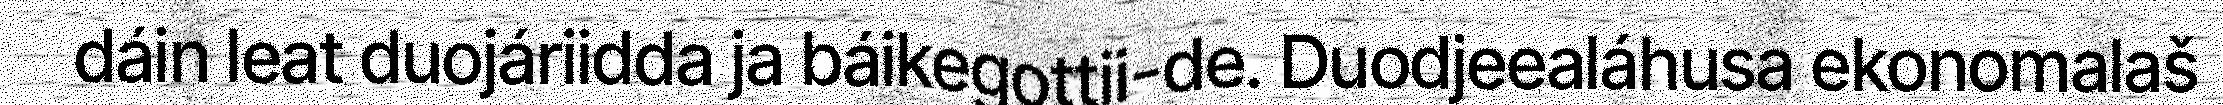
dáin leat duojáriidda ja báikegottii-de. Duodjeealáhusa ekonomalaš